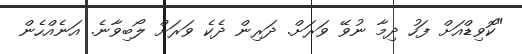
"ކޮވިޑްއަށް ފަހު ދިމާ ނުވޭ ވަރަށް. ދަރިން ދެކެ ވަރަށް ލޯބިވާނެ. އަނެއްހެން